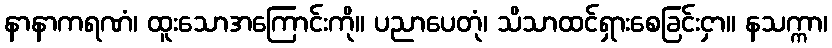
နာနာကရဏံ၊ ထူးသောအကြောင်းကို။ ပညာပေတုံ၊ သိသာထင်ရှားစေခြင်းငှာ။ နသက္ကာ၊